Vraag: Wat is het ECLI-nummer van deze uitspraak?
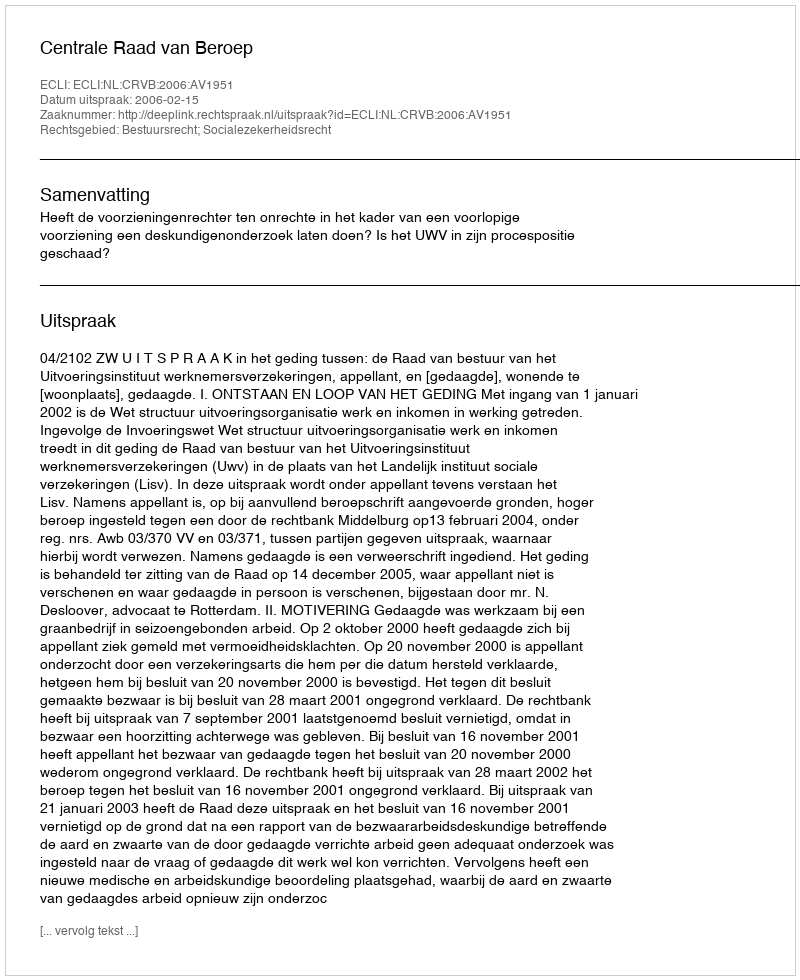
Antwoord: ECLI:NL:CRVB:2006:AV1951